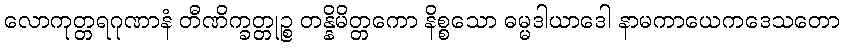
လောကုတ္တရဂုဏာနံ တီဏိက္ခတ္တုဉ္စ တန္နိမိတ္တကော နိစ္စသော ဓမ္မဒါယာဒေါ နာမကာယေကဒေသတော